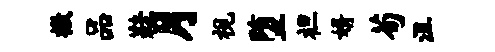
檄品鞋月视堕袒婿荀沮